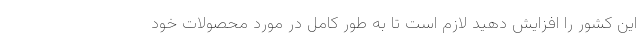
این کشور را افزایش دهید لازم است تا به طور کامل در مورد محصولات خود